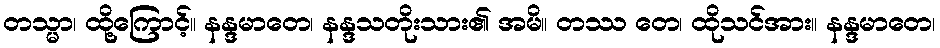
တသ္မာ၊ ထို့ကြောင့်။ နန္ဒမာတေ၊ နန္ဒသတိုးသား၏ အမိ။ တဿ တေ၊ ထိုသင်အား။ နန္ဒမာတေ၊